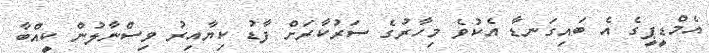
އެމްޑީޕީގެ އެ ބައިގަނޑާ އެކުވެ މިހާރުގެ ސަރުކާރަށް ފާޑު ކިޔާއިރު ވިސްނާލުން ކީއްބާ